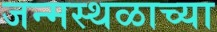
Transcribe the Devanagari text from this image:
जन्मस्थळाच्या